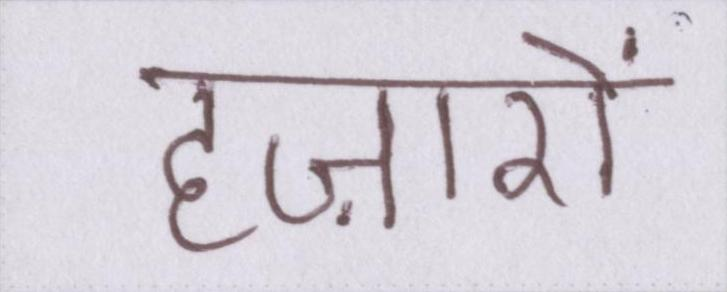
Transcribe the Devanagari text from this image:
हज़ारों